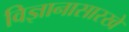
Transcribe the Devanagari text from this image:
विज्ञानासारखे